Report of the Indian Hemp Drugs Commission, 1894-1895 - Volume IV
Year: 1894
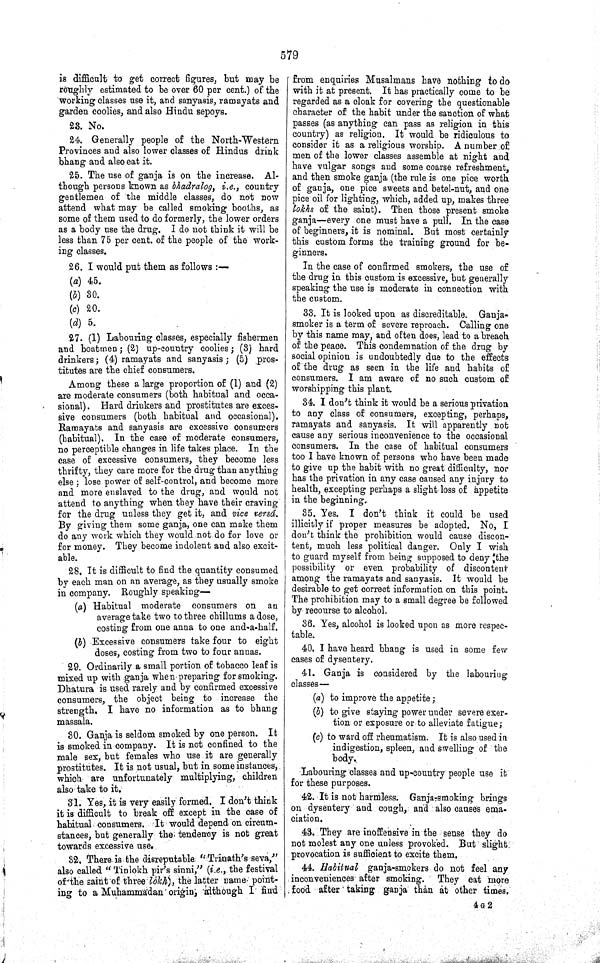
579
is difficult to get correct figures, but may be
roughly estimated to be over 60 per cent.) of the
working classes use it, and sanyasis, ramayats and
garden coolies, and also Hindu sepoys.
23. No.
24. Generally people of the North-Western
Provinces and also lower classes of Hindus drink
bhang and also eat it.
25. The use of ganja is on the increase. Al-
though persons known as bhadralog, i.e., country
gentlemen of the middle classes, do not now
attend what may be called smoking booths, as
some of them used to do formerly, the lower orders
as a body use the drug. I do not think it will be
less than 75 per cent. of the people of the work-
ing classes.
26. I would put them as follows:—
(a) 45.
(b) 30.
(c) 20.
(d) 5.
27. (1) Labouring classes, especially fishermen
and boatmen; (2) up-country coolies; (3) hard
drinkers; (4) ramayats and sanyasis; (5) pros-
titutes are the chief consumers.
Among these a large proportion of (1) and (2)
are moderate consumers (both habitual and occa-
sional). Hard drinkers and prostitutes are exces-
sive consumers (both habitual and occasional).
Ramayats and sanyasis are excessive consumers
(habitual). In the case of moderate consumers,
no perceptible changes in life takes place. In the
case of excessive consumers, they become less
thrifty, they care more for the drug than anything
else; lose power of self-control, and become more
and more enslaved to the drug, and would not
attend to anything when they have their craving
for the drug unless they get it, and vice versâ.
By giving them some ganja, one can make them
do any work which they would not do for love or
for money. They become indolent and also excit-
able.
28. It is difficult to find the quantity consumed
by each man on an average, as they usually smoke
in company. Roughly speaking—
(a) Habitual moderate consumers on an
average take two to three chillums a dose,
costing from one anna to one and-a-half.
(b) Excessive consumers take four to eight
doses, costing from two to four annas.
29. Ordinarily a small portion of tobacco leaf is
mixed up with ganja when preparing for smoking.
Dhatura is used rarely and by confirmed excessive
consumers, the object being to increase the
strength. I have no information as to bhang
massala.
30. Ganja is seldom smoked by one person. It
is smoked in company. It is not confined to the
male sex, but females who use it are generally
prostitutes. It is not usual, but in some instances,.
which are unfortunately multiplying, children
also take to it.
31. Yes, it is very easily formed. I don't think
it is difficult to break off except in the case of
habitual consumers. It would depend on circum-
stances, but generally the tendency is not great
towards excessive use.
32. There is the disreputable "Trinath's seva,"
also called "Tinlokh pir's sinni," (i.e., the festival
of the saint of three lokh), the latter name point-
ing to a Muhammadan origin, although I find
from enquiries Musalmans have nothing to do
with it at present. It has practically come to be
regarded as a cloak for covering the questionable
character of the habit under the sanction of what
passes (as anything can pass as religion in this
country) as religion. It would be ridiculous to
consider it as a religious worship. A number of
men of the lower classes assemble at night and
have vulgar songs and some coarse refreshment,
and then smoke ganja (the rule is one pice worth
of ganja, one pice sweets and betel-nut, and one
pice oil for lighting, which, added up, makes three
lokhs of the saint). Then those present smoke
ganja—every one must have a pull. In the case
of beginners, it is nominal. But most certainly
this custom forms the training ground for be-
ginners.
In the case of confirmed smokers, the use of
the drug in this custom is excessive, but generally
speaking the use is moderate in connection with
the custom.
33. It is looked upon as discreditable. Ganja-
smoker is a term of severe reproach. Calling one
by this name may, and often does, lead to a breach
of the peace. This condemnation of the drug by
social opinion is undoubtedly due to the effects
of the drug as seen in the life and habits of
consumers. I am aware of no such custom of
worshipping this plant.
34. I don't think it would be a serious privation
to any class of consumers, excepting, perhaps,
ramayats and sanyasis. It will apparently not
cause any serious inconvenience to the occasional
consumers. In the case of habitual consumers
too I have known of persons who have been made
to give up the habit with no great difficulty, nor
has the privation in any case caused any injury to
health, excepting perhaps a slight loss of appetite
in the beginning.
35. Yes. I don't think it could be used
illicitly if proper measures be adopted. No, I
don't think the prohibition would cause discon-
tent, much less political danger. Only I wish
to guard myself from being supposed to deny the
possibility or even probability of discontent
among the ramayats and sanyasis. It would be
desirable to get correct information on this point.
The prohibition may to a small degree be followed
by recourse to alcohol.
36. Yes, alcohol is looked upon as more respec-
table.
40. I have heard bhang is used in some few
cases of dysentery.
41. Ganja is considered by the labouring
classes—
(a) to improve the appetite;
(b) to give staying power under severe exer-
tion or exposure or to alleviate fatigue;
(c) to ward off rheumatism. It is also used in
indigestion, spleen, and swelling of the
body.
Labouring classes and up-country people use it
for these purposes.
42. It is not harmless. Ganja-smoking brings
on dysentery and cough, and also causes ema-
ciation.
43. They are inoffensive in the sense they do
not molest any one unless provoked. But slight
provocation is sufficient to excite them.
44. Habitual ganja-smokers do not feel any
inconveniences after smoking. They eat more
food after taking ganja than at other times.
4 G 2